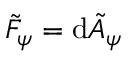
\tilde { F } _ { \psi } = \mathrm { d } \tilde { A } _ { \psi }